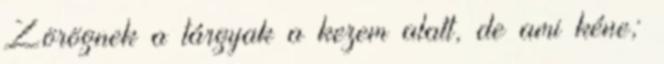
Zörögnek a tárgyak a kezem alatt, de ami kéne;